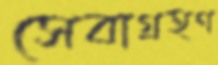
সেবাগ্রহণ